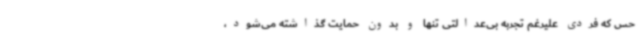
حس که فردی علیرغم تجربه بی‌عدالتی تنها و بدون حمایت گذاشته می‌شود،